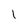
Character: l